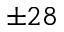
\pm 2 8